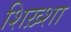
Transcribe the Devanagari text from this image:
शिख़्शा